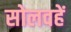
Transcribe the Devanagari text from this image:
सोलवहें